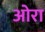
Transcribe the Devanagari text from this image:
ओरा